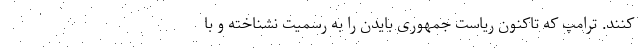
کنند. ترامپ که تاکنون ریاست جمهوری بایدن را به رسمیت نشناخته و با